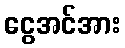
ငွေအင်အား